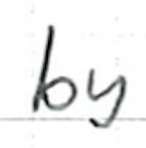
Text: by
Cross-out: clean
Writing tool: ballpoint